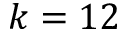
k = 1 2